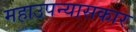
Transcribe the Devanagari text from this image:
महाउपन्यासकार